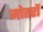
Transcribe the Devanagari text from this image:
मोतरों